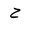
Letter: _ha